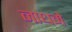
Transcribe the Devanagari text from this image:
नाधमे